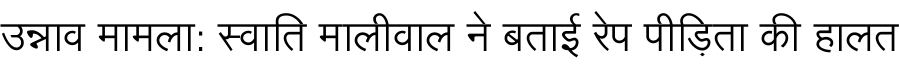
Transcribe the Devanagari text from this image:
उन्नाव मामला: स्वाति मालीवाल ने बताई रेप पीड़िता की हालत